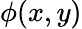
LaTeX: \phi(x,y)